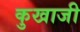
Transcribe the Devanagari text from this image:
कुखाजी